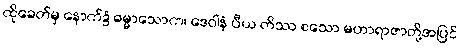
ထိုခေတ်မှ နောက်၌ ဓမ္မာသောက၊ ဒေဝါနံ ပီယ တိဿ စသော မဟာရာဇာတို့အပြင်